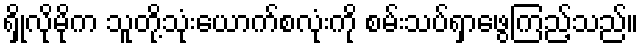
ရှိုလိုမိုက သူတို့သုံးယောက်စလုံးကို စမ်းသပ်ရှာဖွေကြည့်သည်။